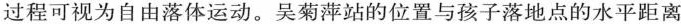
过程可视为自由落体运动。吴菊萍站的位置与孩子落地点的水平距离